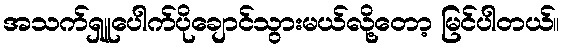
အသက်ရှူပေါက်ပိုချောင်သွားမယ်လို့တော့ မြင်ပါတယ်။